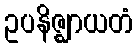
ဥပနိဇ္ဈာယတံ